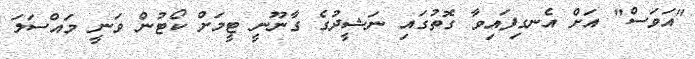
"އަވަސް" އަށް އެނގިފައިވާ ގޮތުގައި ނަޝީދުގެ ގާނޫނީ ޓީމަށް ކޯޓުން ވަނީ މައްސަލަ